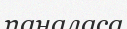
паналаса